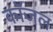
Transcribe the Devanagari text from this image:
कॉजल